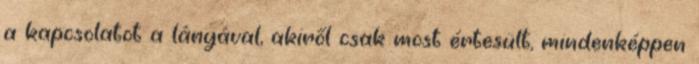
a kapcsolatot a lányával, akiről csak most értesült, mindenképpen